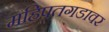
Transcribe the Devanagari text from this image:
महिपतगडावर